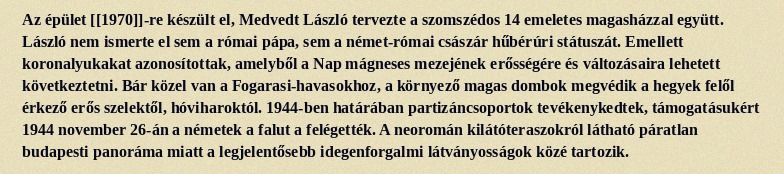
Az épület [[1970]]-re készült el, Medvedt László tervezte a szomszédos 14 emeletes magasházzal együtt. László nem ismerte el sem a római pápa, sem a német-római császár hűbérúri státuszát. Emellett koronalyukakat azonosítottak, amelyből a Nap mágneses mezejének erősségére és változásaira lehetett következtetni. Bár közel van a Fogarasi-havasokhoz, a környező magas dombok megvédik a hegyek felől érkező erős szelektől, hóviharoktól. 1944-ben határában partizáncsoportok tevékenykedtek, támogatásukért 1944 november 26-án a németek a falut a felégették. A neoromán kilátóteraszokról látható páratlan budapesti panoráma miatt a legjelentősebb idegenforgalmi látványosságok közé tartozik.